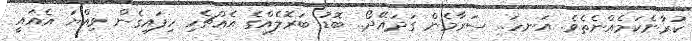
ކުރާނެކަމެއްނެތެވެ. އަނހަ.. ސަރާމެން ގަދައޭދޯ.. ބޮޑު ބަރޮލެއްގެ އެއްޗެހި ހިފައިގެން ވިއްޔަ އެއައީ